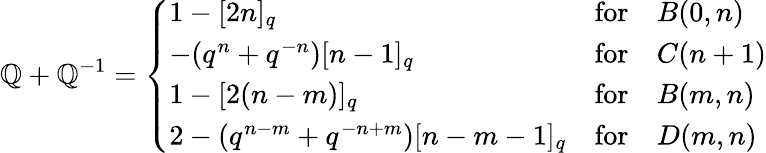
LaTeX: \mathbb{Q}+\mathbb{Q}^{-1}=\left\{ \begin{array}{lll}{{1-[2n]_{q}}}&{{\mathrm{for}}}&{{B(0,n)}}\\ {{-(q^{n}+q^{-n})[n-1]_{q}}}&{{\mathrm{for}}}&{{C(n+1)}}\\ {{1-[2(n-m)]_{q}}}&{{\mathrm{for}}}&{{B(m,n)}}\\ {{2-(q^{n-m}+q^{-n+m})[n-m-1]_{q}}}&{{\mathrm{for}}}&{{D(m,n)}}\end{array}\right.